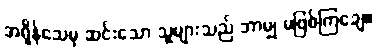
အရှိန်သေမှ ဆင်းသော သူများသည် ဘာမျှ မဖြစ်ကြချေ။